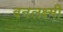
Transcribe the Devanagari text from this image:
वनलक्ष्मी